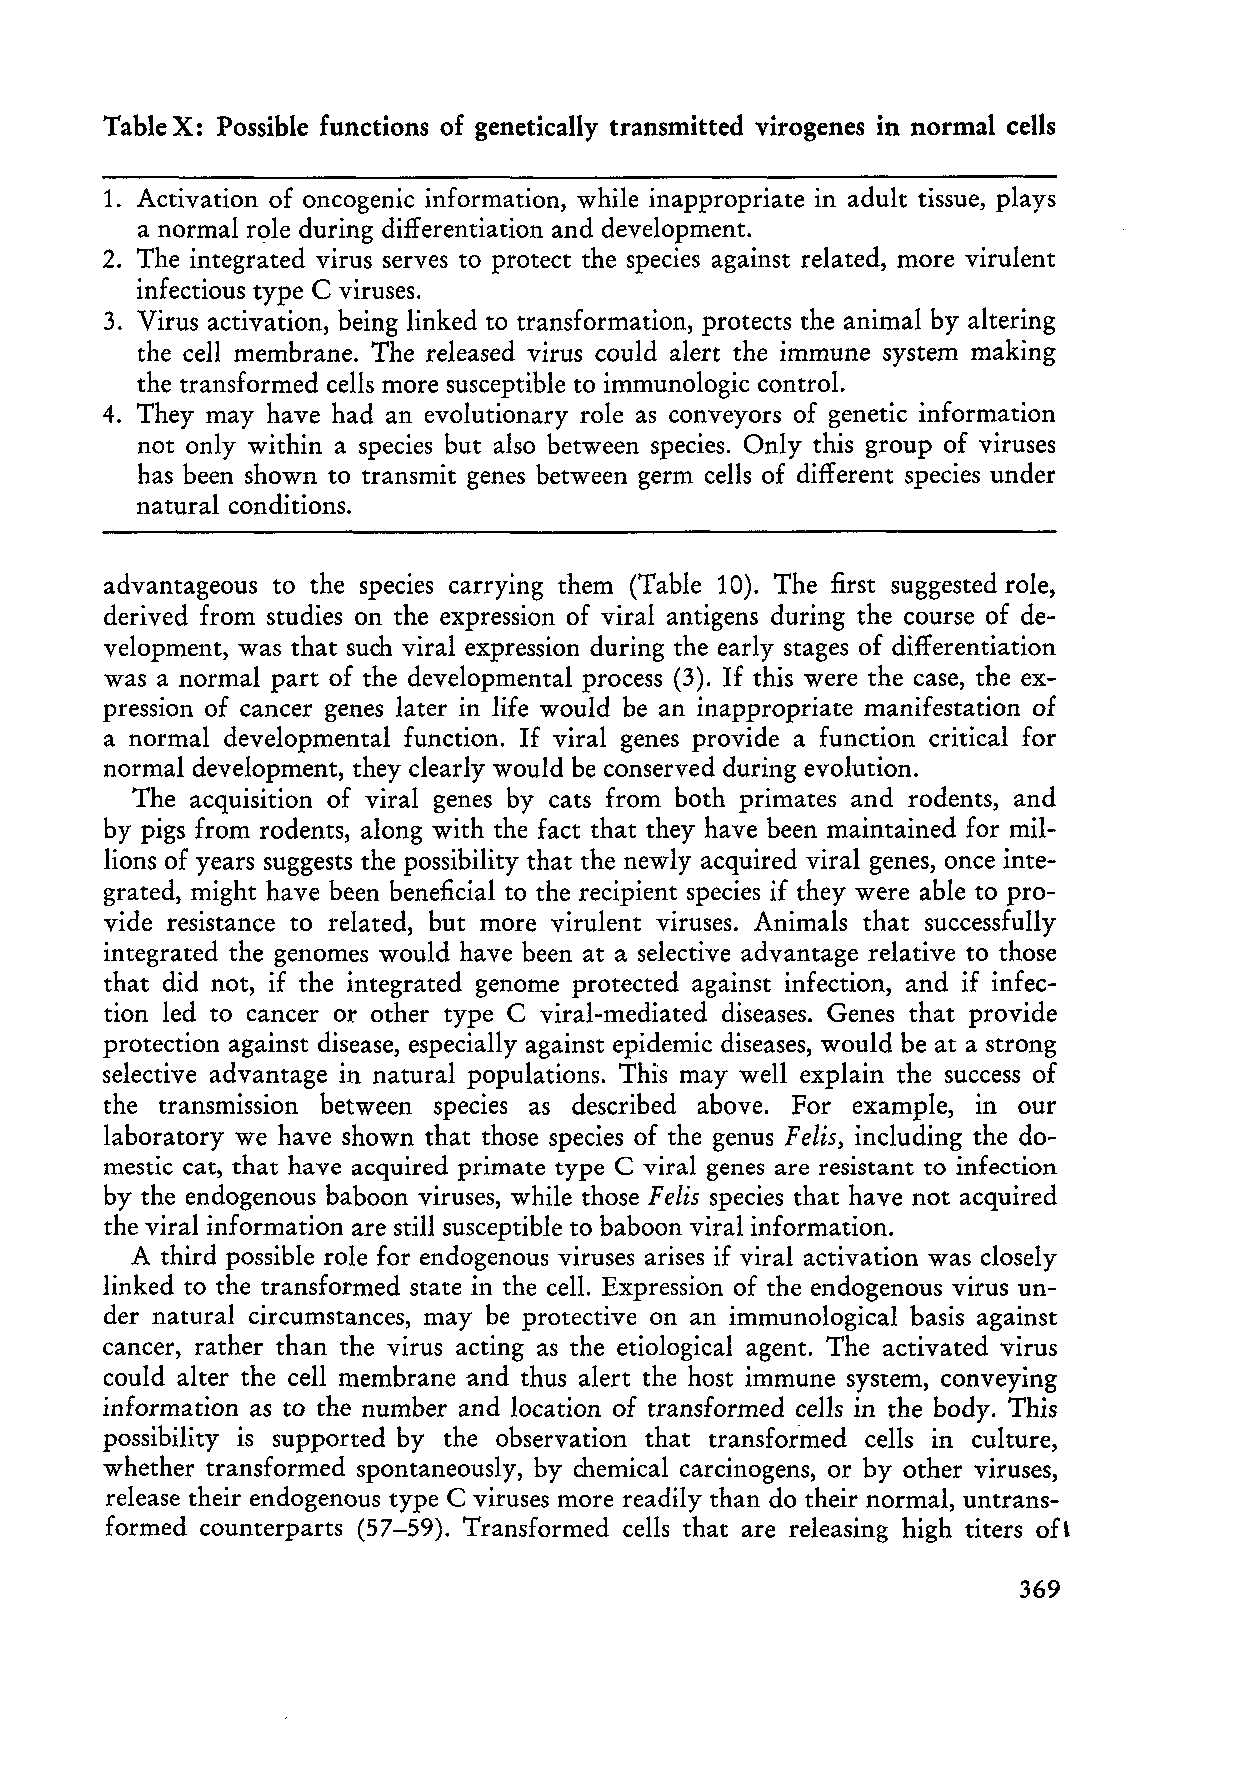
Table X: Possible functions of genetically transmitted virogenes in normal cells
 1. Activation of oncogenic information, while inappropriate in adult tissue, plays
 anormal role during differentiation and development.
 2. The integrated virus serves to protect the species against related, more virulent
 infectious type C viruses.
 3. Virus activation, being linked to transformation, protects the animal by altering
 the cell membrane. The released virus could alert the immune system making
 the transformed cells more susceptible to immunologie contro!.
 4. They may have had an evolutionary role as conveyors of genetic information
 not only within a species but also between species. Only this group of viruses
 has been shown to transmit genes between germ cells of different species under
 natural conditions.
 advantageous to the species carrying them (Table 10). The first suggested role,
 derived from studies on the expression of viral antigens during the course of de
 velopment, was that such viral expression during the early stages of differentiation
 was a normal part of the developmental process (3). If this were the case, the ex
 pression of cancer genes later in life would be an inappropriate manifestation of
 anormal developmental function. If viral genes provide a function critical for
 normal development, they clearly would be conserved during evolution.
 The acquisition of viral genes by cats from both primates and rodents, and
 by pigs from rodents, along with the fact that they have been maintained for mil
 lions of years suggests the possibility that the newly acquired viral genes, once inte
 grated, might have been beneficial to the recipient species if they were able to pro
 vide resistance to related, but more virulent viruses. Animals that successfully
 integrated the genomes would have been at a selective advantage relative to those
 that did not, if the integrated genome protected against infection, and if infec
 tion led to cancer or other type C viral-mediated diseases. Genes that provide
 protection against disease, especially against epidemie diseases, would be at a strong
 selective advantage in natural populations. This may weIl explain the success of
 the transmission between species as described above. For example, in our
 laboratory we have shown that those species of the genus Felis, including the do
 mestic cat, that have acquired primate type C viral genes are resistant to infection
 by the endogenous baboon virus es, while those Felis species that have not acquired
 the viral information are still susceptible to baboon viral information.
 A third possible role for endogenous viruses arises if viral activation was closely
 linked to the transformed state in the cel!. Expression of the endogenous virus un
 der natural circumstances, may be protective on an immunological basis against
 cancer, rather than the virus acting as the etiological agent. The activated virus
 could alter the cell membrane and thus alert the host immune system, conveying
 information as to the number and location of transformed cells in the body. This
 possibility is supported by the observation that transfor'med cells in culture,
 whether transformed spontaneously, by chemical carcinogens, or by other viruses,
 release their endogenous type C viruses more readily than do their normal, untrans
 formed counterparts (57-59). Transformed cells that are releasing high titers oH
 369